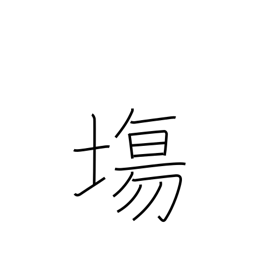
Meaning: open space